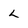
Character: l